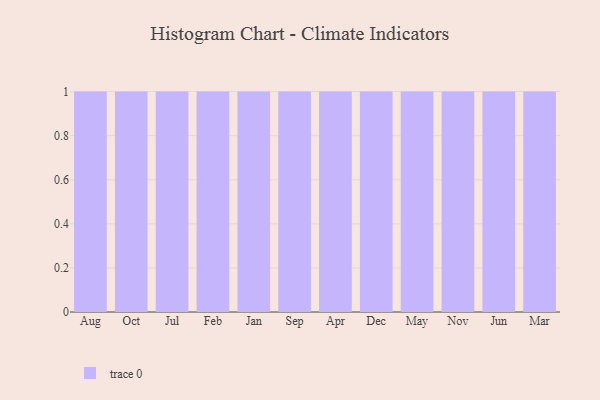
{"axis": {"x": "Month", "y": "LTV (USD)"}, "legend": [""], "data": [{"x": "Aug", "y": 80, "type": ""}, {"x": "Oct", "y": 80, "type": ""}, {"x": "Jul", "y": 87, "type": ""}, {"x": "Feb", "y": 91, "type": ""}, {"x": "Jan", "y": 14, "type": ""}, {"x": "Sep", "y": 22, "type": ""}, {"x": "Apr", "y": 80, "type": ""}, {"x": "Dec", "y": 5, "type": ""}, {"x": "May", "y": 10, "type": ""}, {"x": "Nov", "y": 89, "type": ""}, {"x": "Jun", "y": 3, "type": ""}, {"x": "Mar", "y": 84, "type": ""}]}